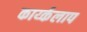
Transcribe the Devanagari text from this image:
कार्य्कलाप